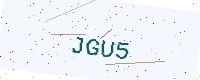
Text: JGU5